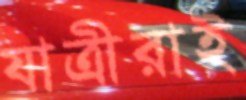
যাত্রীরাই